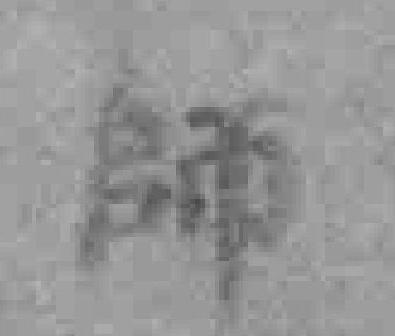
師